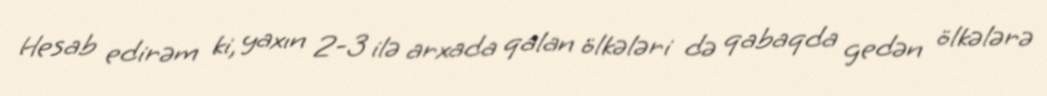
Hesab edirəm ki, yaxın 2-3 ilə arxada qalan ölkələri də qabaqda gedən ölkələrə